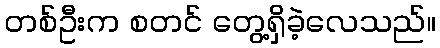
တစ်ဦးက စတင် တွေ့ရှိခဲ့လေသည်။